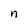
Character: n